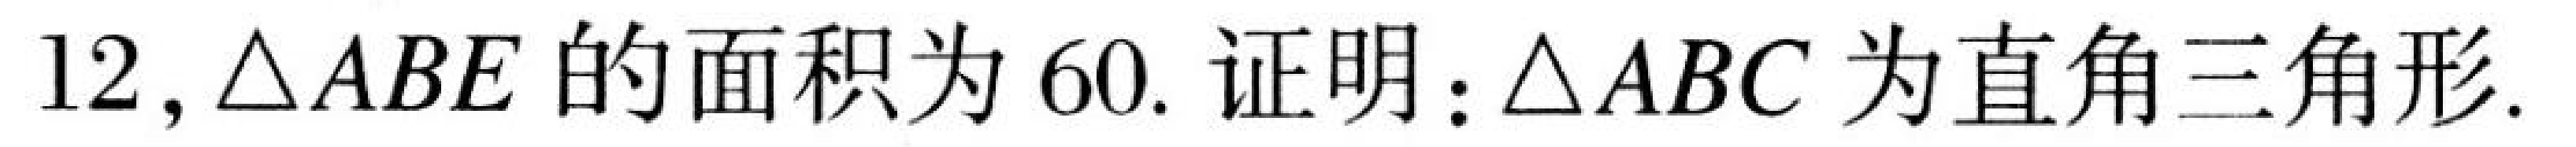
12,\(\triangle ABE\)的面积为\(60\). 证明：\(\triangle ABC\)为直角三角形.